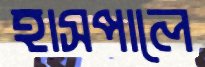
হাসপালে